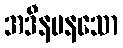
အဒီနမနသော